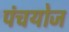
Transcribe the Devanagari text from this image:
पंचयोज